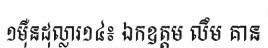
១ម៉ឺនដុល្លារ១៤៖ ឯកឧត្តម លឹម គាន